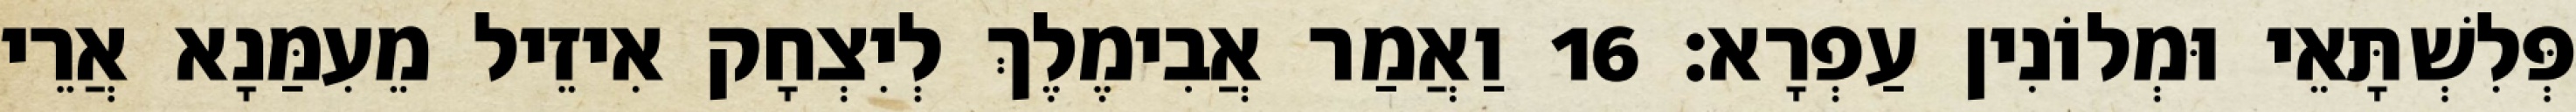
פְּלִשְׁתָּאֵי וּמְלוֹנִין עַפְרָא׃ 16 וַאֲמַר אֲבִימֶלֶךְ לְיִצְחָק אִיזֵיל מֵעִמַּנָא אֲרֵי